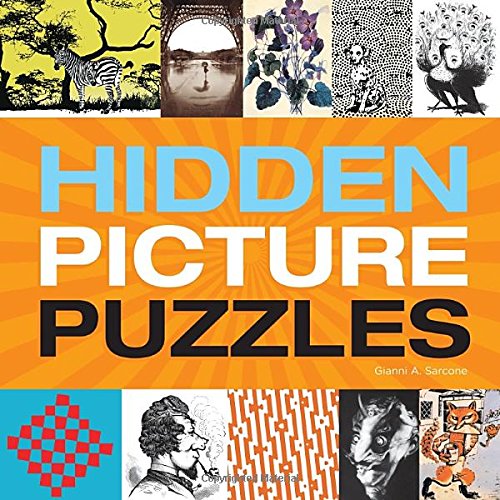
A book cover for Hidden Picture Puzzles; Gianni Sarcone; Humor & Entertainment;